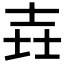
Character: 壵